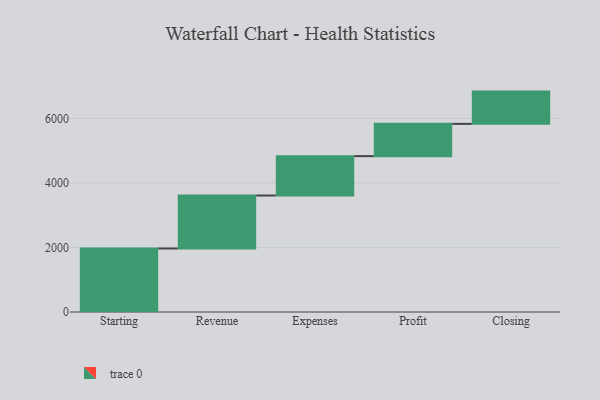
{"axis": {"x": "Step", "y": "Value"}, "legend": [""], "data": [{"x": "Starting", "y": 1968.0, "type": ""}, {"x": "Revenue", "y": 1642.0, "type": ""}, {"x": "Expenses", "y": 1220.0, "type": ""}, {"x": "Profit", "y": 1000, "type": ""}, {"x": "Closing", "y": 1000, "type": ""}]}